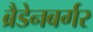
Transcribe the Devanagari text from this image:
ब्रैडेनबर्गर